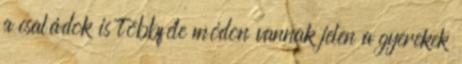
a családok is többféle módon vannak jelen a gyerekek